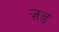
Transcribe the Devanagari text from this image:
ज़ड